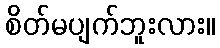
စိတ်မပျက်ဘူးလား။